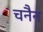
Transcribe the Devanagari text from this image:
चनैन